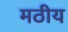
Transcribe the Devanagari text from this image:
मठीय